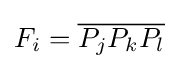
F_{i}={\overline {P_{j}P_{k}P_{l}}}